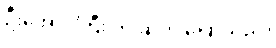
ဦးအောင်ကြီး က ဆက် ပြောသည်။